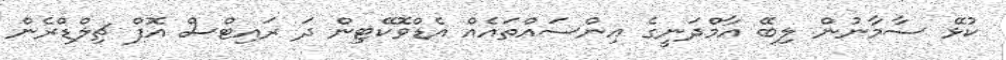
ކުޅޭ ސާމާނުން ލިބޭ އާމްދަނީގެ އިންސައްތައެއް އެޑްވޮކޭޓިން ދަ ރައިޓްސް އޮފް ޗިލްޑްރެން